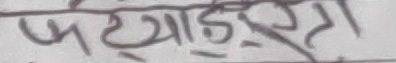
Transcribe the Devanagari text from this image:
फेड्याईस्टा